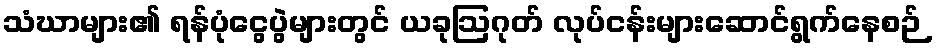
သံဃာများ၏ ရန်ပုံငွေပွဲများတွင် ယခုဩဂုတ် လုပ်ငန်းများဆောင်ရွက်နေစဉ်